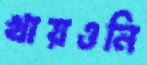
খায়ওনি